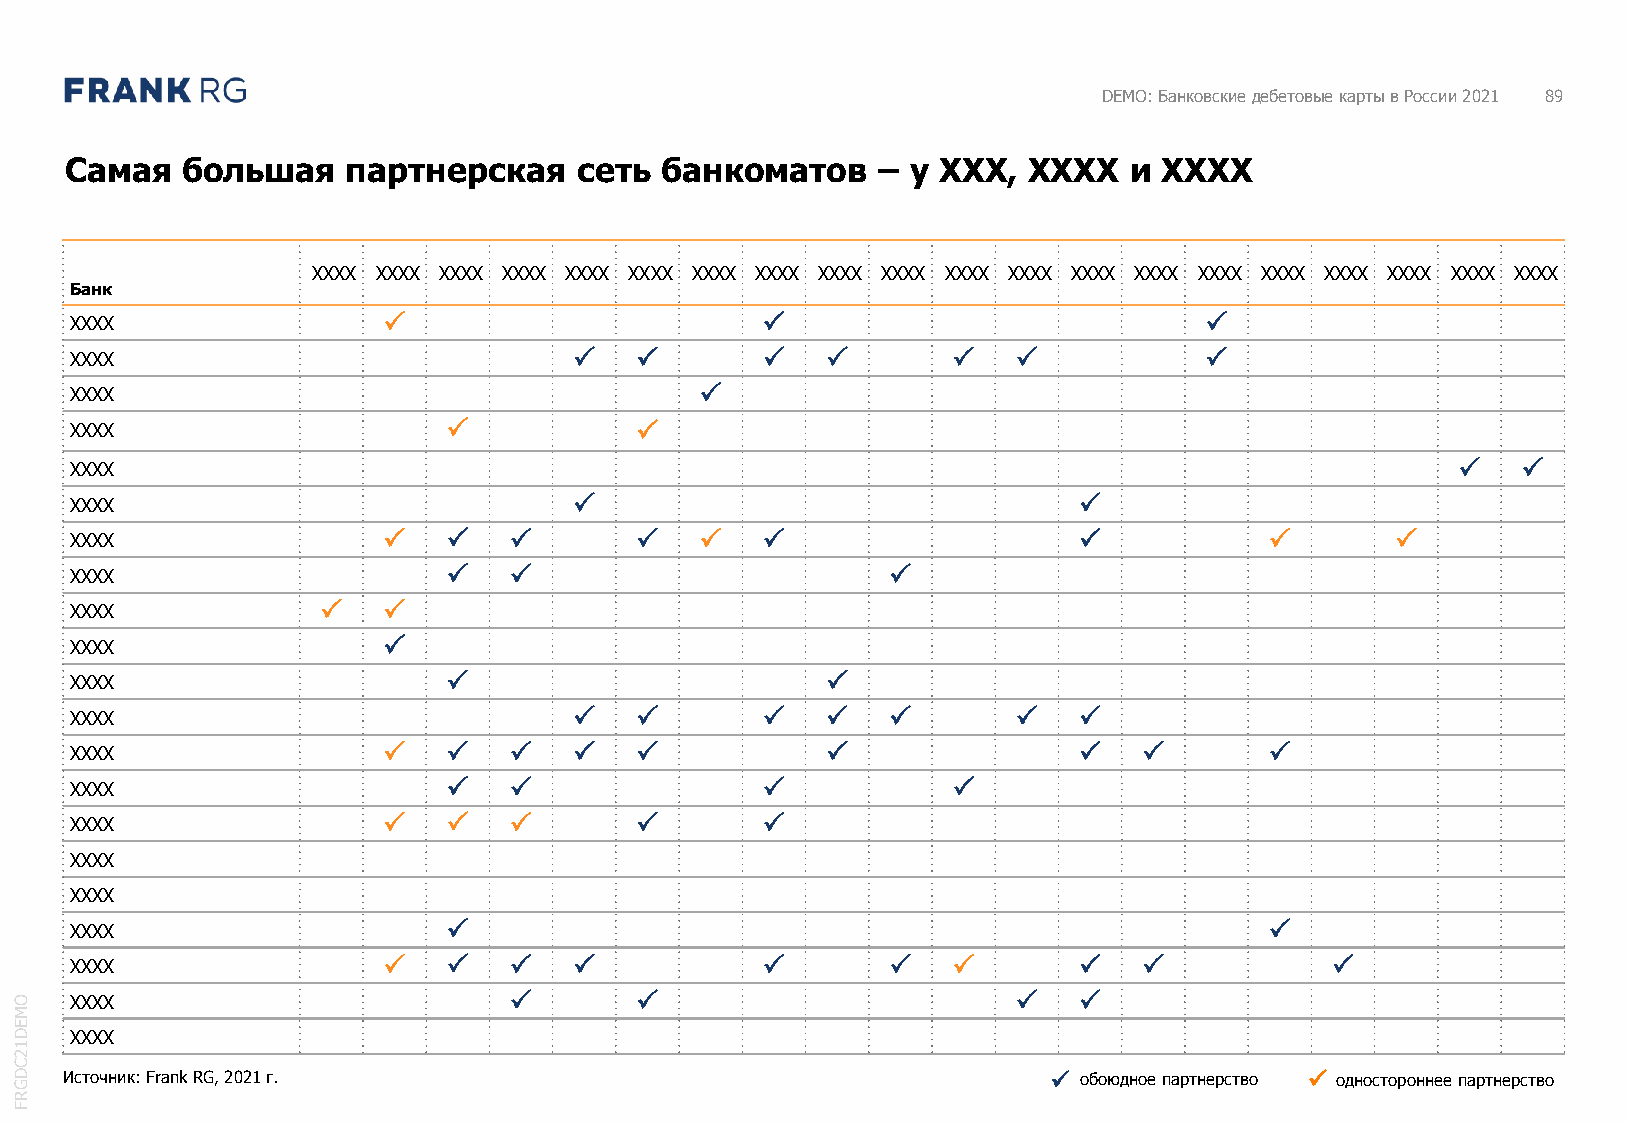
DEMO: Банковские дебетовые карты в России 2021 89
 Самая   большая    партнерская    сеть  банкоматов    – у XXX,  XXXX   и XXXX
 XXXX XXXX XXXX XXXX XXXX XXXX XXXX XXXX XXXX XXXX XXXX XXXX XXXX XXXX XXXX XXXX XXXX XXXX XXXX XXXX
 Банк
 XXXX                                                                     
 XXXX                                                                 
 XXXX                                     
 XXXX                                
 XXXX                                                                                           
 XXXX                                                             
 XXXX                                                                           
 XXXX                                                
 XXXX               
 XXXX                
 XXXX                                             
 XXXX                                                        
 XXXX                                                                   
 XXXX                                                   
 XXXX                                     
 XXXX
 XXXX
 XXXX                                                                          
 XXXX                                                                      
 O   XXXX                                                           
 M
 E
 D   XXXX
 1
 2
 C
 D  Источник: Frank RG, 2021 г.                                      ✓ обоюдное партнерство ✓ одностороннее партнерство
 G
 R
 F